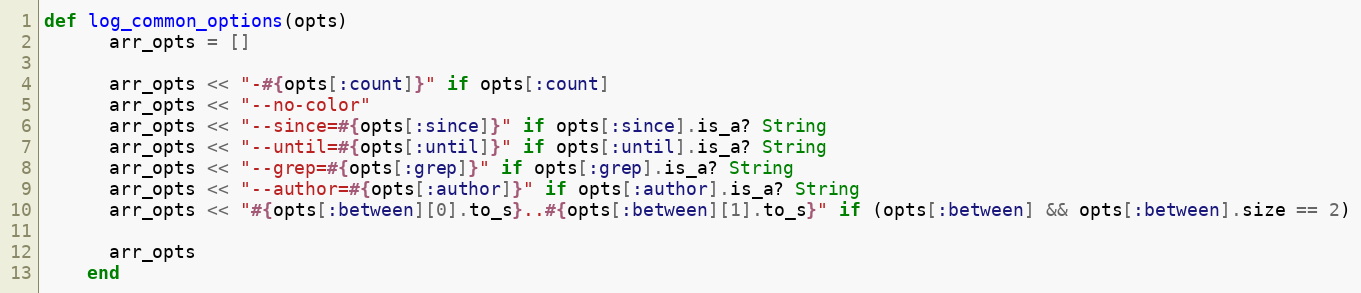
Language: Ruby
def log_common_options(opts)
      arr_opts = []

      arr_opts << "-#{opts[:count]}" if opts[:count]
      arr_opts << "--no-color"
      arr_opts << "--since=#{opts[:since]}" if opts[:since].is_a? String
      arr_opts << "--until=#{opts[:until]}" if opts[:until].is_a? String
      arr_opts << "--grep=#{opts[:grep]}" if opts[:grep].is_a? String
      arr_opts << "--author=#{opts[:author]}" if opts[:author].is_a? String
      arr_opts << "#{opts[:between][0].to_s}..#{opts[:between][1].to_s}" if (opts[:between] && opts[:between].size == 2)

      arr_opts
    end